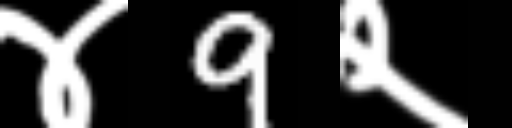
Text: ४9२